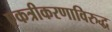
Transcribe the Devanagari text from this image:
एकत्रीकरणाविरुद्ध